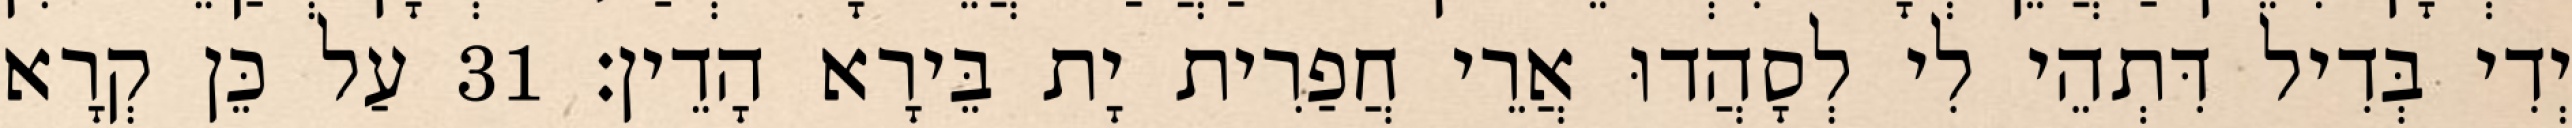
יְדִי בְּדִיל דִּתְהֵי לִי לְסָהֲדוּ אֲרֵי חֲפַרִית יָת בֵּירָא הָדֵין׃ 31 עַל כֵּן קְרָא